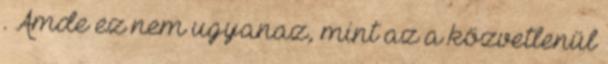
. Ámde ez nem ugyanaz, mint az a közvetlenül